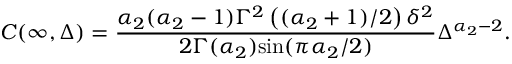
C ( \infty , \Delta ) = \frac { \alpha _ { 2 } ( \alpha _ { 2 } - 1 ) \Gamma ^ { 2 } \left( ( \alpha _ { 2 } + 1 ) / 2 \right) \delta ^ { 2 } } { 2 \Gamma ( \alpha _ { 2 } ) \mathrm { s i n } ( \pi \alpha _ { 2 } / 2 ) } \Delta ^ { \alpha _ { 2 } - 2 } .